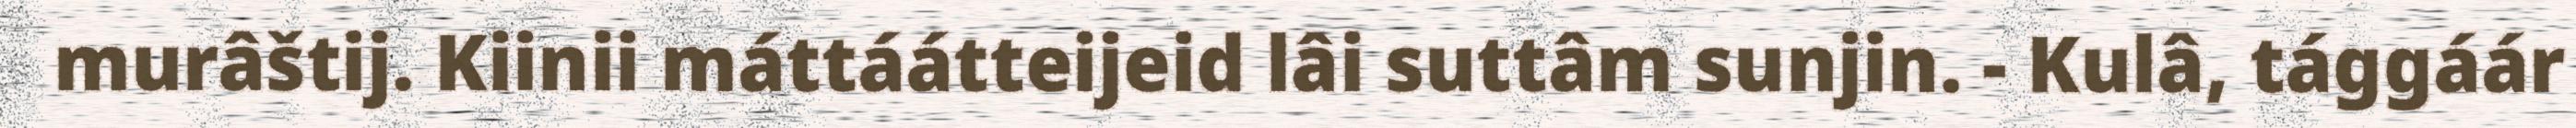
murâštij. Kiinii máttáátteijeid lâi suttâm sunjin. - Kulâ, tággáár